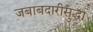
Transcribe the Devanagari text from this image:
जबाबदारीसुद्धा